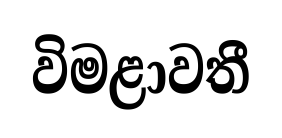
විමළාවතී